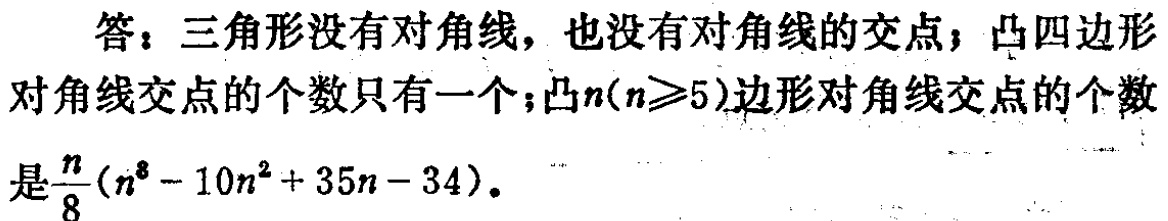
答：三角形没有对角线，也没有对角线的交点；凸四边形对角线交点的个数只有一个；凸\(n(n\geq5)\)边形对角线交点的个数是\(\frac{n}{8}(n^{3} - 10n^{2} + 35n - 34)\)。